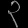
Digit: ၃